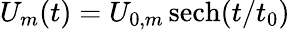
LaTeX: U_{m}(t)=U_{0,m}\, {\mathrm{sech}}(t/t_{0})